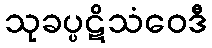
သုခပ္ပဋိသံဝေဒီ